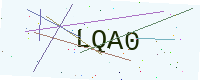
Text: LQA0